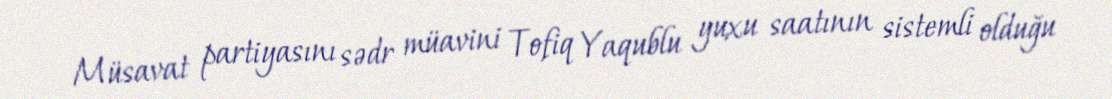
Müsavat partiyasını sədr müavini Tofiq Yaqublu yuxu saatının sistemli olduğu